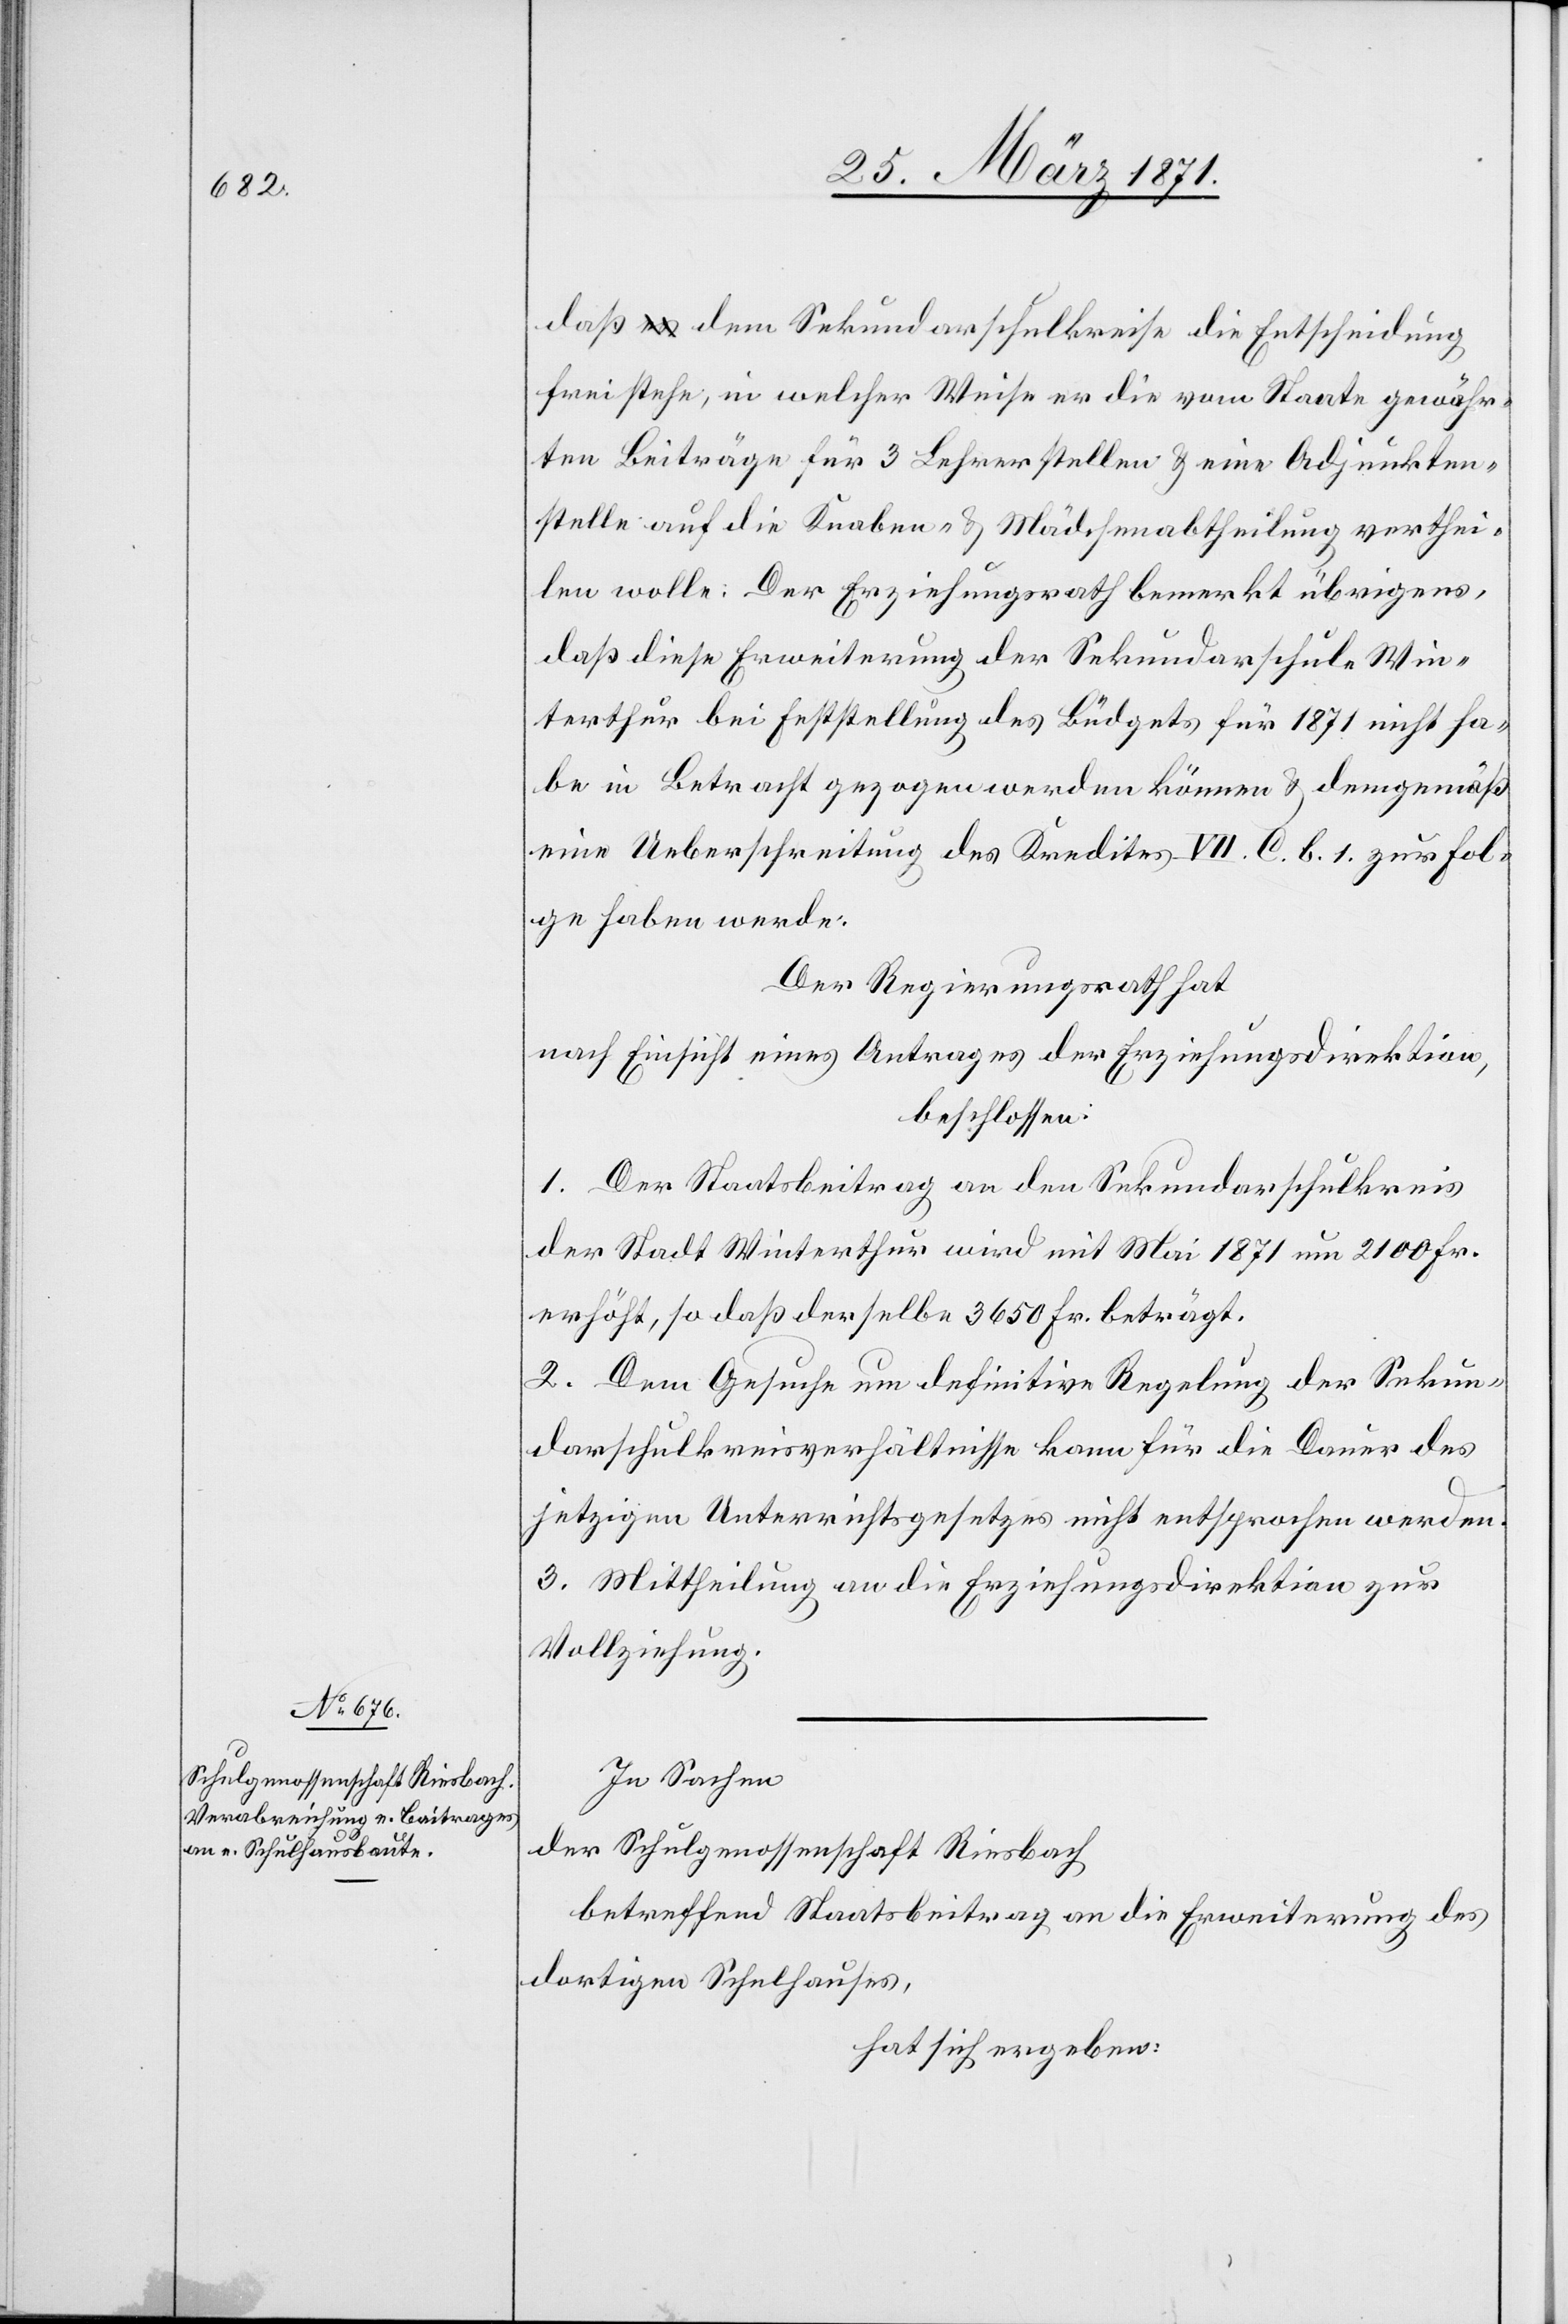
daß dem Sekundenschulkreise die Entscheidung
frei stehe, in welcher Weise er die vom Staate gewähr¬
ten Beiträge für 3 Lehrerstellen u. eine Adjunkten¬
stelle auf die Knaben- u. Mädchenabtheilung verthei¬
len wolle. Der Erziehungsrath bemerkt übrigens,
daß diese Erweiterung der Sekundarschule Win¬
terthur bei Feststellung des Büdgets für 1871 nicht ha¬
be in Betracht gezogen werden können u. demgemäß
eine Ueberschreitung des Kredites VII. C. b. 1 zur Fol¬
ge haben werde.
Der Regierungsrath hat
nach Einsicht eines Antrages der Erziehungsdirektion,
beschlossen:
1. Der Staatsbeitrag an den Sekundarschulkreis
der Stadt Winterthur wird mit Mai 1871 um 2100 Fr.
erhöht, so daß derselbe 3650 Fr. beträgt.
2. Dem Gesuche um definitive Regelung der Sekun¬
darschulkreisverhältnisse kann für die Dauer des
jetzigen Unterrichtsgesetzes nicht entsprochen werden.
3. Mittheilung an die Erziehungsdirektion zur
Vollziehung.
In Sachen
der Schulgenossenschaft Riesbach
betreffend Staatsbeitrag an die Erweiterung des
dortigen Schulhauses,
hat sich ergeben: